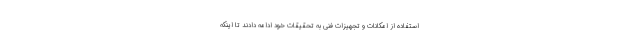
استفاده از امکانات و تجهیزات فنی به تحقیقات خود ادامه دادند تا اینکه